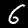
Label: 6